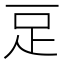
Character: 𧾸